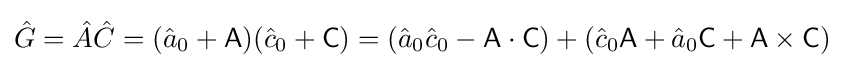
{\hat {G}}={\hat {A}}{\hat {C}}=({\hat {a}}_{0}+{\mathsf {A}})({\hat {c}}_{0}+{\mathsf {C}})=({\hat {a}}_{0}{\hat {c}}_{0}-{\mathsf {A}}\cdot {\mathsf {C}})+({\hat {c}}_{0}{\mathsf {A}}+{\hat {a}}_{0}{\mathsf {C}}+{\mathsf {A}}\times {\mathsf {C}})